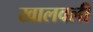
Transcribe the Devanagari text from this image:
खालवली